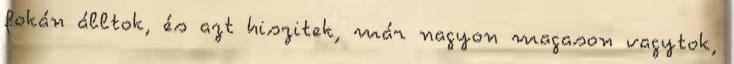
fokán álltok, és azt hiszitek, már nagyon magason vagytok,